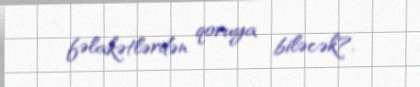
fəlakətlərdən qoruya biləcək?.